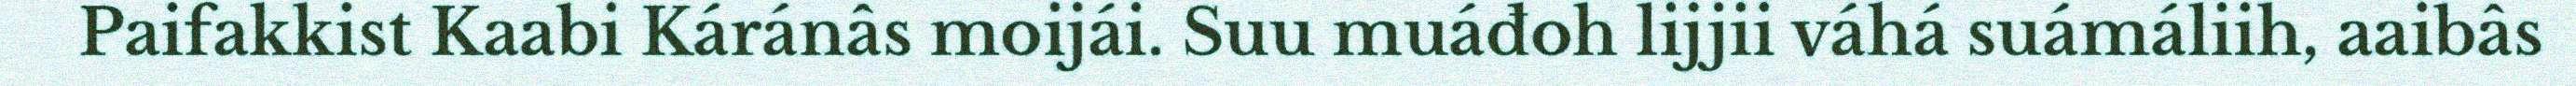
Paifakkist Kaabi Káránâs moijái. Suu muáđoh lijjii váhá suámáliih, aaibâs